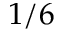
1 / 6